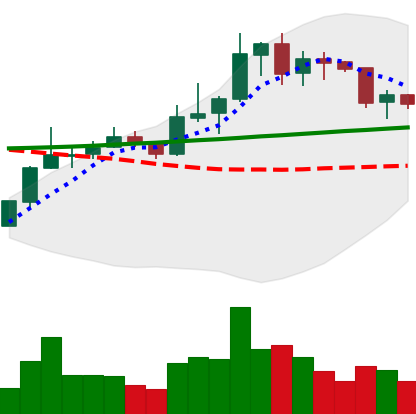
Ticker: LINK-USD
Chart end date: 2020-01-25
Forward return: 18.582%
Label: up_7plus